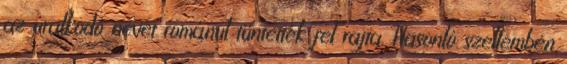
az uralkodó nevét románul tüntették fel rajta. Hasonló szellemben